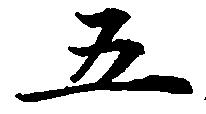
五